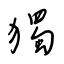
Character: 獨